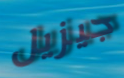
جيزيل